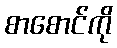
စာစောင်ကို